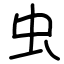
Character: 虫